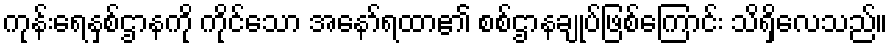
ကုန်းရေနှစ်ဌာနကို ကိုင်သော အနော်ရထာ၏ စစ်ဌာနချုပ်ဖြစ်ကြောင်း သိရှိလေသည်။